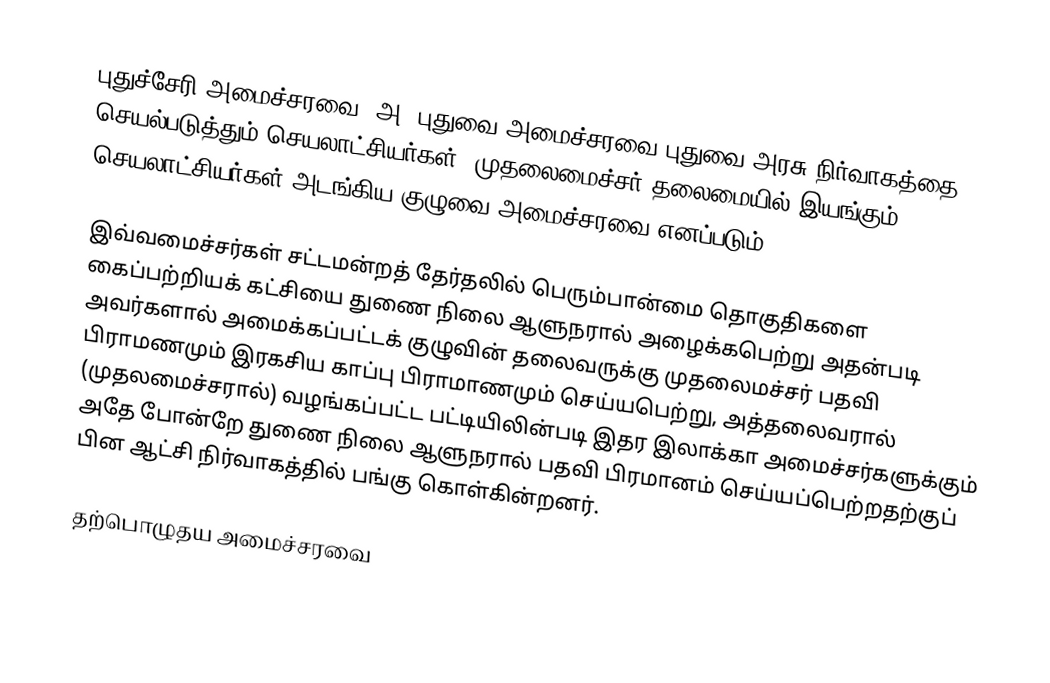
புதுச்சேரி அமைச்சரவை (அ) புதுவை அமைச்சரவை  புதுவை அரசு நிர்வாகத்தை செயல்படுத்தும் செயலாட்சியர்கள். முதலைமைச்சர் தலைமையில் இயங்கும் செயலாட்சியர்கள் அடங்கிய குழுவை அமைச்சரவை எனப்படும்.

இவ்வமைச்சர்கள் சட்டமன்றத் தேர்தலில் பெரும்பான்மை தொகுதிகளை கைப்பற்றியக் கட்சியை துணை நிலை ஆளுநரால் அழைக்கபெற்று அதன்படி அவர்களால் அமைக்கப்பட்டக் குழுவின் தலைவருக்கு முதலைமச்சர் பதவி பிராமணமும் இரகசிய காப்பு பிராமாணமும் செய்யபெற்று, அத்தலைவரால் (முதலமைச்சரால்) வழங்கப்பட்ட பட்டியிலின்படி இதர இலாக்கா அமைச்சர்களுக்கும் அதே போன்றே துணை நிலை ஆளுநரால் பதவி பிரமானம் செய்யப்பெற்றதற்குப் பின ஆட்சி நிர்வாகத்தில் பங்கு கொள்கின்றனர்.

தற்பொழுதய அமைச்சரவை